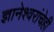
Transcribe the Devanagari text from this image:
ज्ञानेश्वरांचेही